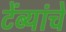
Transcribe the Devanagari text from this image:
टेंब्यांचे